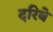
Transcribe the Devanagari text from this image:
दरिबे